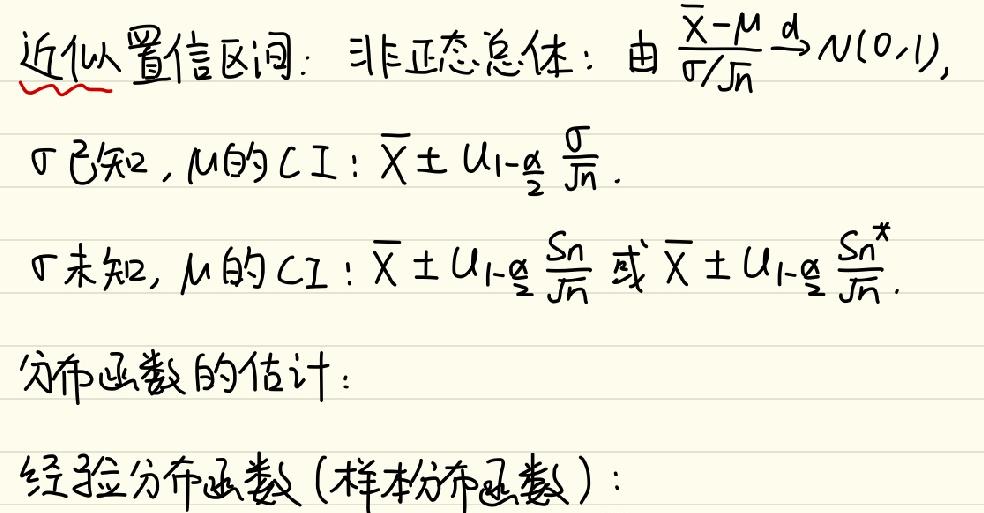
近似置信区间：非正态总体：由\(\frac{\bar{X}-\mu}{\sigma/\sqrt{n}}\sim N(0,1)\)，
\(\sigma\)已知时，\(M\)的\(CI\)：\(\bar{X}\pm u_{1-\frac{\alpha}{2}}\frac{\sigma}{\sqrt{n}}\)。
\(\sigma\)未知时，\(M\)的\(CI\)：\(\bar{X}\pm u_{1-\frac{\alpha}{2}}\frac{S}{\sqrt{n}}\)或\(\bar{X}\pm u_{1-\frac{\alpha}{2}}\frac{S^{*}}{\sqrt{n}}\)，
分布函数的估计：
经验分布函数（样本分布函数）：